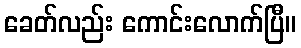
ခေတ်လည်း ကောင်းလောက်ပြီ။